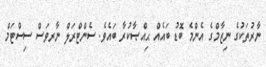
ނާރުތަކުގެ ނިޒާމްގެ އެންމެ ބޮޑު ބައެއް ޙިއްޞާކުރާ ބައެވެ. ސެންޓްރަލް ނާރވަސް ސިސްޓަމް